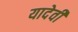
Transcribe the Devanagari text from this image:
यादेवी